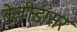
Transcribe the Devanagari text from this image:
बेलीडांसर